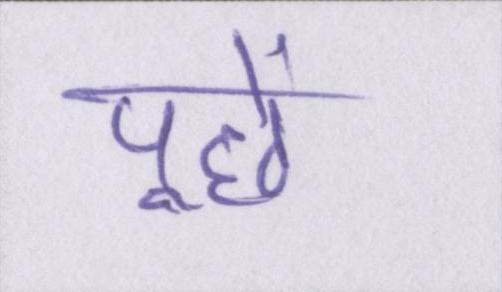
पूछे